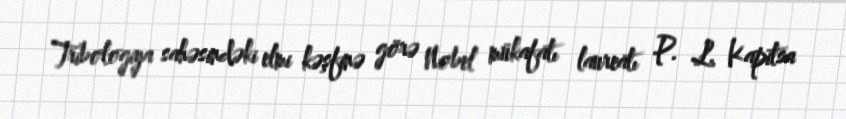
Tribologiya sahəsindəki elmi kəşfinə görə Nobel mükafatı laureatı P. L. Kapitsa